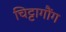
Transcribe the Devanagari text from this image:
चिट्टागौंग